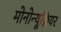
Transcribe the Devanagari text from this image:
मोनोन्यूक्लियर